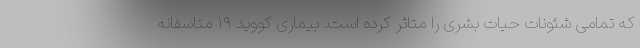
که تمامی شئونات حیات بشری را متاثر کرده است. بیماری کووید ۱۹ متاسفانه